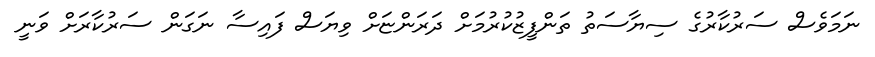
ނަމަވެސް ސަރުކާރުގެ ސިޔާސަތު ތަންފީޒުކުރުމަށް ދަރަންޏަށް ވިޔަސް ފައިސާ ނަގަން ސަރުކާރަށް ވަނީ